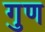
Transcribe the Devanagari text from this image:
गुण